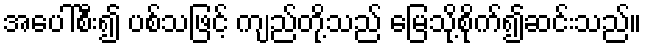
အပေါ်စီး၍ ပစ်သဖြင့် ကျည်တို့သည် မြေသို့စိုက်၍ဆင်းသည်။